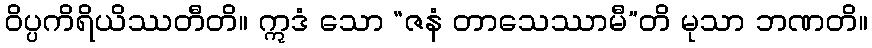
ဝိပ္ပကိရိယိဿတီတိ။ ဣဒံ သော “ဇနံ တာသေဿာမီ”တိ မုသာ ဘဏတိ။